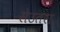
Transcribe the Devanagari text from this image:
सेउतरा